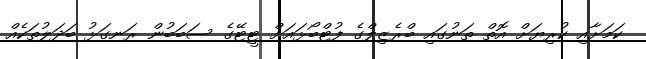
ކަމަށާއި ކުރިޔަށް އޮތް ތަނުގައި ބްރެޒިލްގެ ފުޓްބޯޅައަށް ޓީޓޭގެ ސަބަބުން ރަނގަޅު ބަދަލުތަކެއް